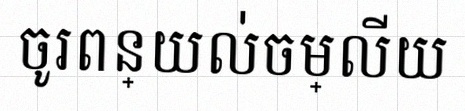
ចូរពន្យល់ចម្លើយ